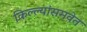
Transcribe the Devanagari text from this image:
किल्ल्यांसमवेत